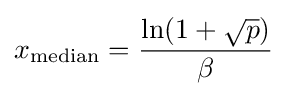
x_{\text{median}}={\frac {\ln(1+{\sqrt {p}})}{\beta }}